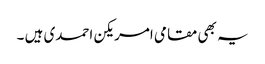
یہ بھی مقامی امریکن احمدی ہیں ۔